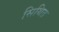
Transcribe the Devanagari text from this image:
सिथित